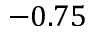
- 0 . 7 5